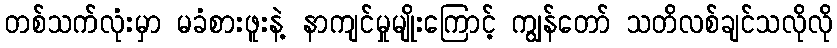
တစ်သက်လုံးမှာ မခံစားဖူးနဲ့ နာကျင်မှုမျိုးကြောင့် ကျွန်တော် သတိလစ်ချင်သလိုလို